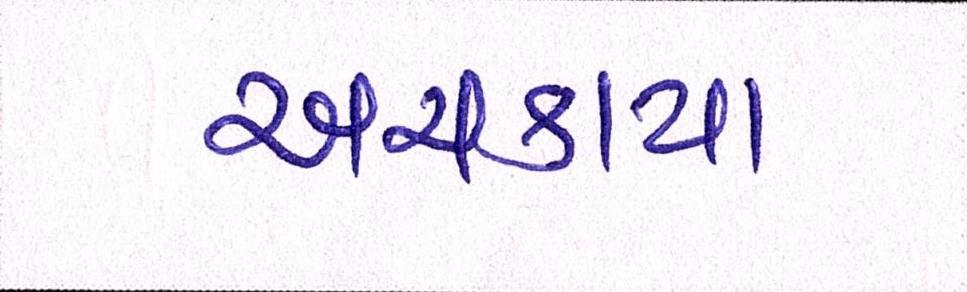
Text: અચકાય